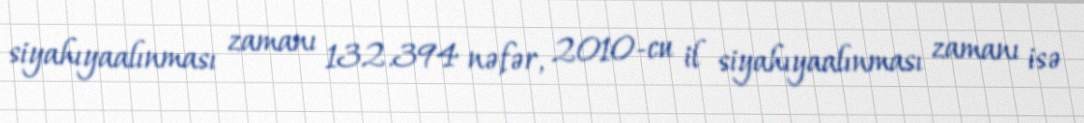
siyahıyaalınması zamanı 132.394 nəfər, 2010-cu il siyahıyaalınması zamanı isə